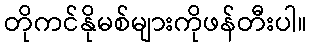
တိုကင်နိုမစ်များကိုဖန်တီးပါ။